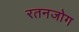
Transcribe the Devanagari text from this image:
रतनजोग